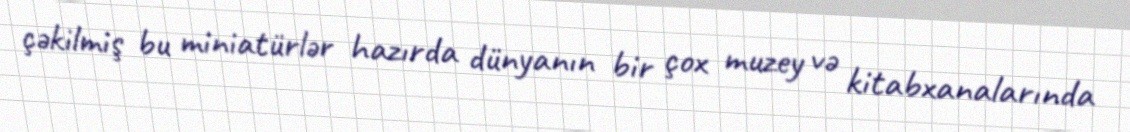
çəkilmiş bu miniatürlər hazırda dünyanın bir çox muzey və kitabxanalarında